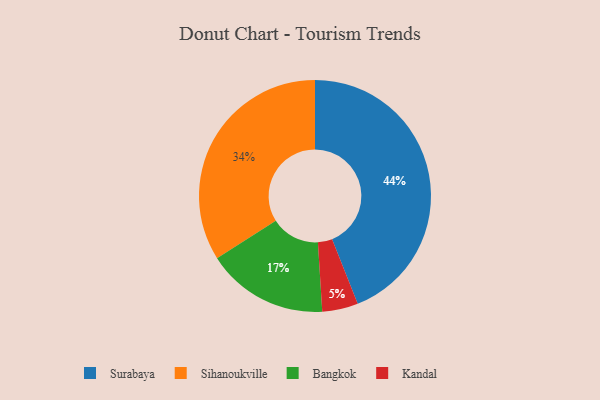
{"axis": {"x": "Category", "y": "Percentage"}, "legend": ["Bangkok", "Kandal", "Sihanoukville", "Surabaya"], "data": [{"x": "Kandal", "y": 5, "type": "Kandal"}, {"x": "Sihanoukville", "y": 34, "type": "Sihanoukville"}, {"x": "Bangkok", "y": 17, "type": "Bangkok"}, {"x": "Surabaya", "y": 44, "type": "Surabaya"}]}